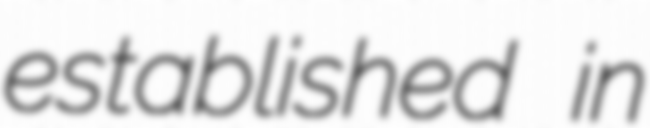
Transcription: established in